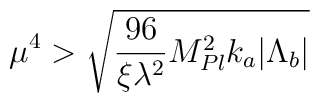
\mu^4>\sqrt{\frac{96}{\xi\lambda^2}M_{Pl}^2k_a|\Lambda_b|}